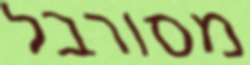
מסורבל